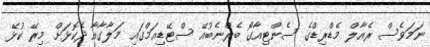
ނަމަވެސް ރެއާލް މެޑްރިޑްގެ ސެންޓިއާގޯ ބެރްނެބުއޭ ސްޓޭޑިއަމްގައި މަލާގާއާ ދެކޮޅަށް މިރޭ ކުޅޭ